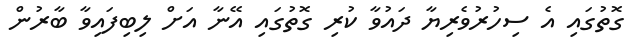
ގޮތުގައި އެ ސިހުރުވެރިޔާ ދައުވާ ކުރި ގޮތުގައި އޭނާ އަށް ލިބިފައިވާ ބާރުން